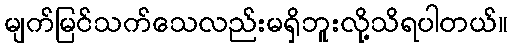
မျက်မြင်သက်သေလည်းမရှိဘူးလို့သိရပါတယ်။